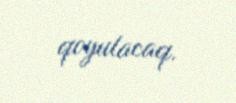
qoyulacaq.